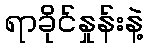
ရာခိုင်နှုန်းနဲ့